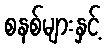
စနစ်များနှင့်